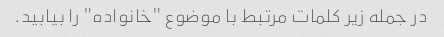
در جمله زیر کلمات مرتبط با موضوع "خانواده" را بیابید.